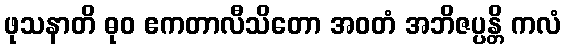
ဖုသနာတိ ဓုဝ ဧကတာလီသိတော အဝတံ အဘိဇပ္ပန္တိ ကလံ